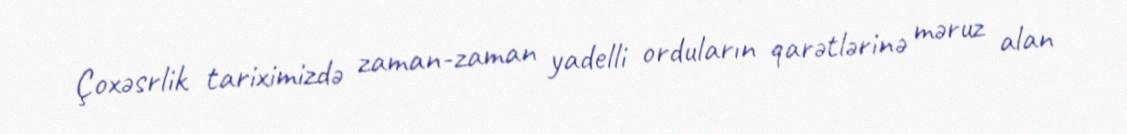
Çoxəsrlik tariximizdə zaman-zaman yadelli orduların qarətlərinə məruz alan